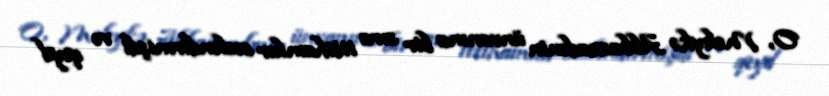
O, Məleykə Abbaszadənin ünvanına bir sıra ittihamlar səsləndirmişdi və qeyd